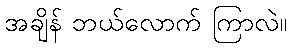
အချိန် ဘယ်လောက် ကြာလဲ။